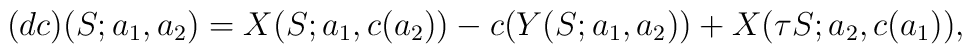
(dc)(S; a_1, a_2) = X(S; a_1, c (a_2) ) - c (Y(S; a_1, a_2)) + X(\tau S; a_2,c(a_1)),